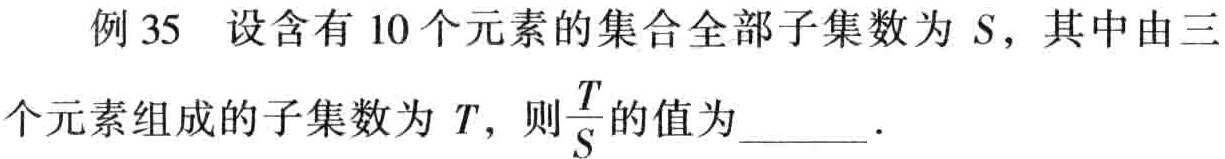
例 35 设含有 10 个元素的集合全部子集数为 \(S\)，其中由三个元素组成的子集数为 \(T\)，则\(\frac{T}{S}\)的值为______ .